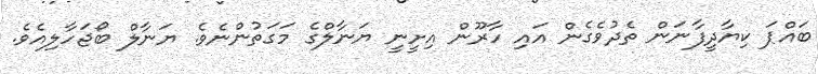
ބައްޕަ ކިޔާދީފާނަން ތެދުވެގެން އައި ހާރޫން އިށީނީ ޔަނާލްގެ މަގަތުންނެވެ. ޔަނާލް ބޯޖަހާލިއެވެ.